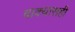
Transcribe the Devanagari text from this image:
वाक्यासही